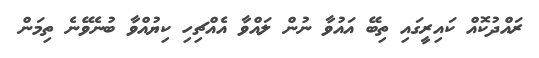
ރައްދުކޮއް ކައިރީގައި ތިބޭ އައުވާ ނުން ލައްވާ އެއްޗިހި ކިޔުއްވާ ބުނެވޭނެ ތިމަން